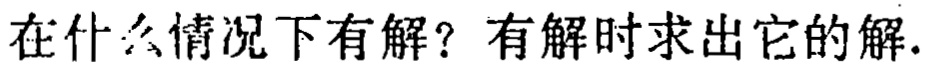
在什么情况下有解？有解时求出它的解.